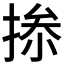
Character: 𢮥